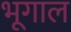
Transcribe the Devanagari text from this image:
भूगाल